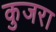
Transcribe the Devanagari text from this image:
कुजरा